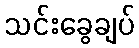
သင်းခွေချပ်